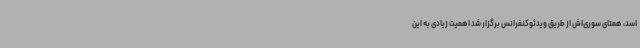
اسد، همتای سوری‌اش از طریق ویدئوکنفرانس برگزار شد اهمیت زیادی به این